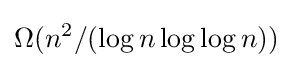
\Omega (n^{2}/(\log n\log \log n))